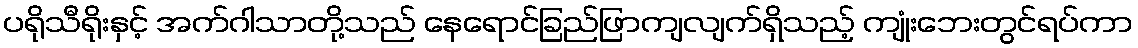
ပရိုသီရိုးနှင့် အက်ဂါသာတို့သည် နေရောင်ခြည်ဖြာကျလျက်ရှိသည့် ကျုံးဘေးတွင်ရပ်ကာ